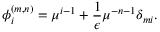
\phi _ { i } ^ { ( m , n ) } = \mu ^ { i - 1 } + \frac { 1 } { \epsilon } \mu ^ { - n - 1 } \delta _ { m i } .